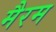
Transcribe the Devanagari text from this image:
मैरम